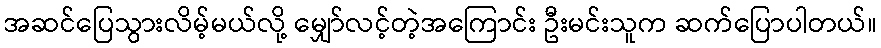
အဆင်ပြေသွားလိမ့်မယ်လို့ မျှော်လင့်တဲ့အကြောင်း ဦးမင်းသူက ဆက်ပြောပါတယ်။